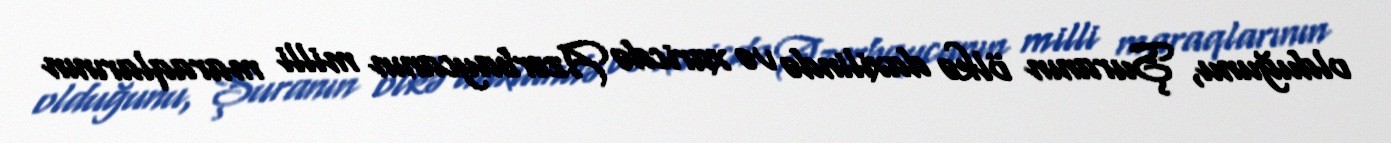
olduğunu, Şuranın ölkə daxilində və xaricdə Azərbaycanın milli maraqlarının